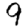
Digit: 9